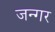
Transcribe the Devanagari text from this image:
जन्गर